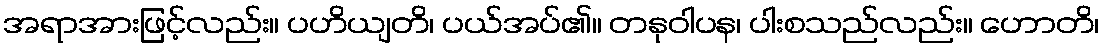
အရာအားဖြင့်လည်း။ ပဟိယျတိ၊ ပယ်အပ်၏။ တနုဝါပန၊ ပါးစသည်လည်း။ ဟောတိ၊